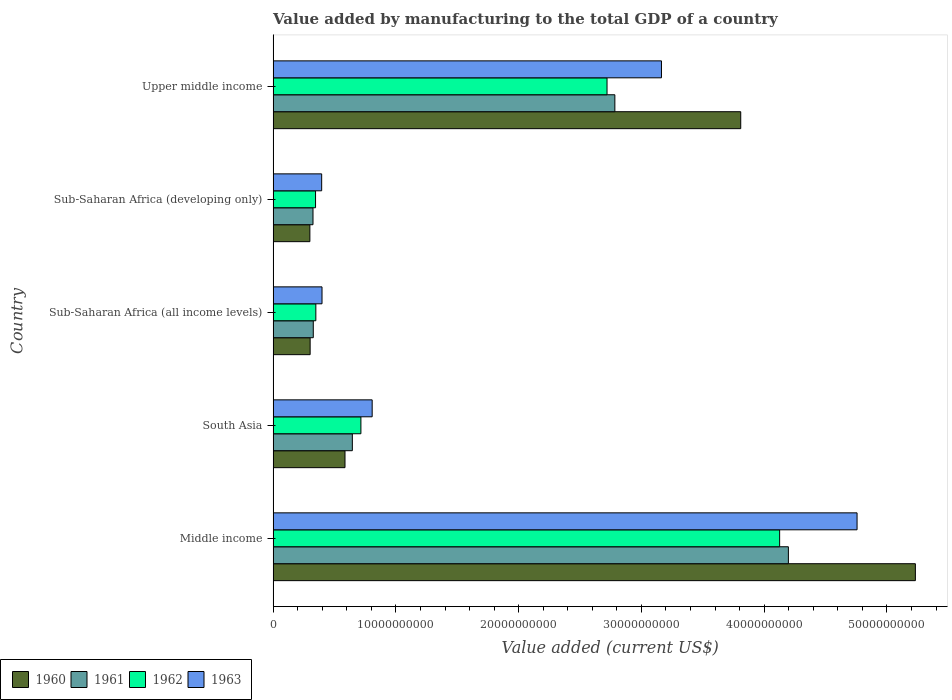
| Country | 1960 | 1961 | 1962 | 1963 |
 | --- | --- | --- | --- | --- |
 | Middle income | 5.23e+10 | 4.2e+10 | 4.13e+10 | 4.76e+10 |
 | South Asia | 5.86e+09 | 6.45e+09 | 7.15e+09 | 8.07e+09 |
 | Sub-Saharan Africa (all income levels) | 3.02e+09 | 3.27e+09 | 3.48e+09 | 3.98e+09 |
 | Sub-Saharan Africa (developing only) | 2.99e+09 | 3.25e+09 | 3.46e+09 | 3.95e+09 |
 | Upper middle income | 3.81e+10 | 2.78e+10 | 2.72e+10 | 3.16e+10 |